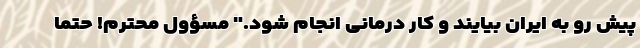
پیش رو به ایران بیایند و کار درمانی انجام شود." مسؤول محترم! حتما